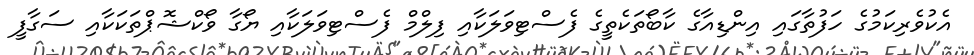
އެކުވެރިކަމުގެ ހަފުތާގައި އިންޑިއާގެ ކާބޯތަކެތީގެ ފެސްޓިވަލަކާއި ފިލްމް ފެސްޓިވަލަކާއި ޔޯގާ ވޯކްޝޮޕްތަކަކާއި ސަގާފީ